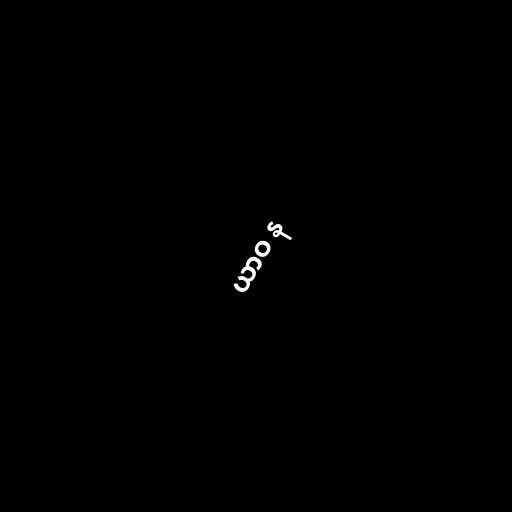
ယာဝ န